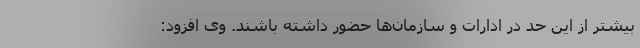
بیشتر از این حد در ادارات و سازمان‌ها حضور داشته باشند. وی افزود: